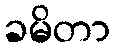
ခမိတာ